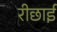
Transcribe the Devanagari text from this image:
रीछाई